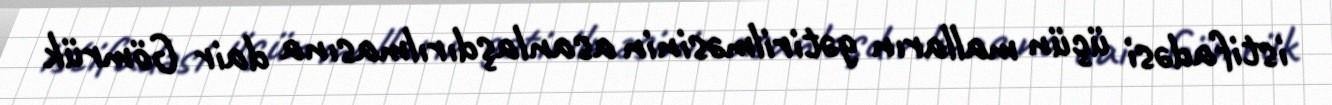
istifadəsi üçün malların gətirilməsinin asanlaşdırılmasına dair Gömrük